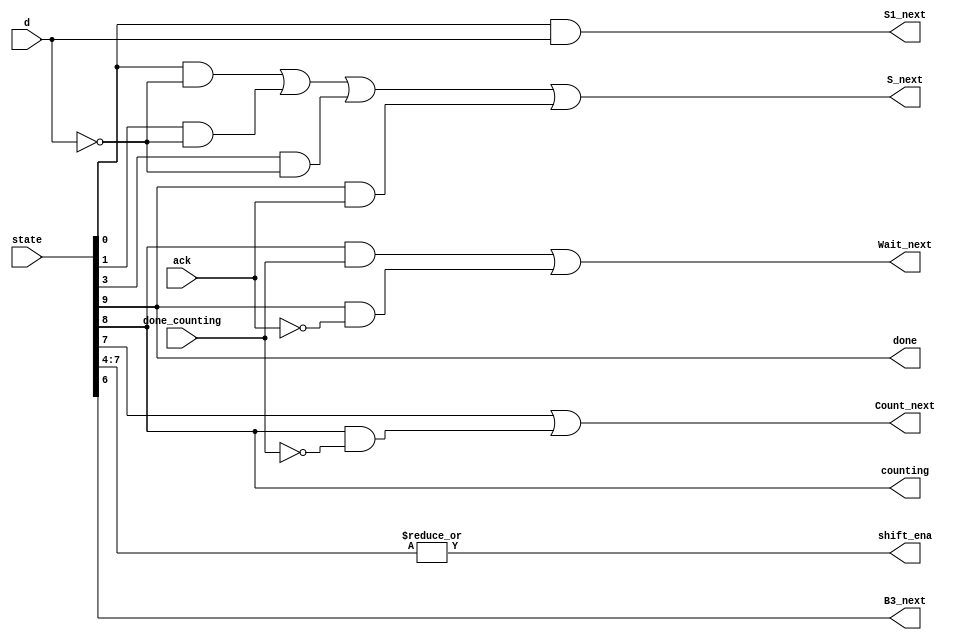
// This program was cloned from: https://github.com/milind7777/VerilogDocGen
// License: MIT License

module review2015_fsmonehot(
    input d,
    input done_counting,
    input ack,
    input [9:0] state,    // 10-bit one-hot current state
    output B3_next,
    output S_next,
    output S1_next,
    output Count_next,
    output Wait_next,
    output done,
    output counting,
    output shift_ena

);

   parameter S=0, S1=1, S11=2, S110=3, B0=4, B1=5, B2=6, B3=7, Count=8, Wait=9;

  assign B3_next = state[B2];
  assign S_next = state[S]&~d | state[S1]&~d | state[S110]&~d | state[Wait]&ack;
  assign S1_next = state[S]&d;
  assign Count_next = state[B3] | state[Count]&~done_counting;
  assign Wait_next = state[Count]&done_counting | state[Wait]&~ack;

  assign done = state[Wait];
  assign counting = state[Count];
  assign shift_ena = |state[B3:B0];

endmodule